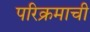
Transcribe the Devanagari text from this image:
परिक्रमाची